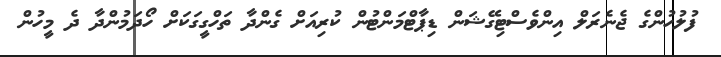
ފުލުހުންގެ ޖެނެރަލް އިންވެސްޓިގޭޝަން ޑިޕާޓްމަންޓުން ކުރިއަށް ގެންދާ ތަހްގީގަކަށް ހޯދަމުންދާ ދެ މީހުން